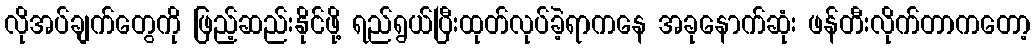
လိုအပ်ချက်တွေကို ဖြည့်ဆည်းနိုင်ဖို့ ရည်ရွယ်ပြီးထုတ်လုပ်ခဲ့ရာကနေ အခုနောက်ဆုံး ဖန်တီးလိုက်တာကတော့